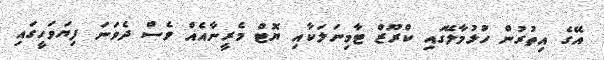
އޭގެ އިތުރުން ހުޅުމާލޭގައި ކްރޫޒް ޓާމިނަލަކާއި ޔޮޓް މެރީނާއެއް ވެސް ދެވަނަ ފިޔަވަހީގައި